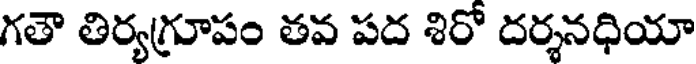
గతౌ తిర్యగ్రూపం తవ పద శిరో దర్శనధియా